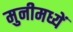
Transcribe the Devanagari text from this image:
मुनीमध्यें